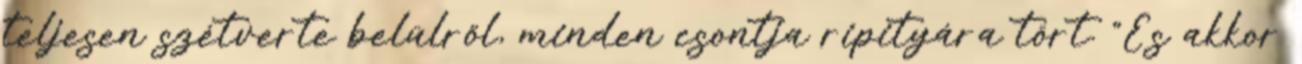
teljesen szétverte belülről, minden csontja ripityára tört. "És akkor